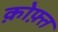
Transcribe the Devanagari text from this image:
क़ोफ़्त